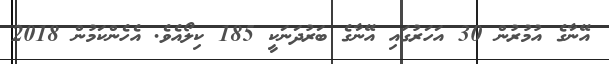
އޭނާގެ އުމުރުން 30 އަހަރުގައި އޭނާގެ ބަރުދަނަކީ 185 ކިލޯއެވެ. އެހެންކަމުން 2018